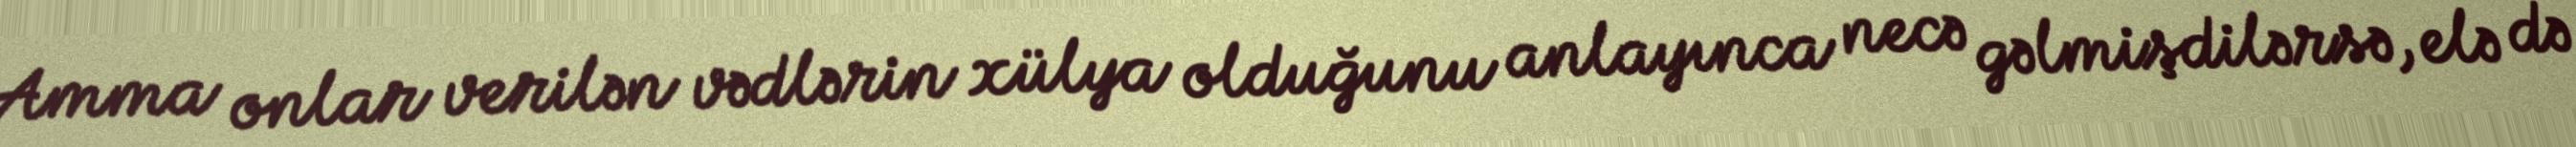
Amma onlar verilən vədlərin xülya olduğunu anlayınca necə gəlmişdilərsə, elə də